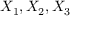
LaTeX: X _ { 1 } , X _ { 2 } , X _ { 3 }